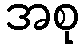
အစု